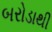
બરોડાથી